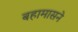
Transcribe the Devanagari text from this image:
बहामासने